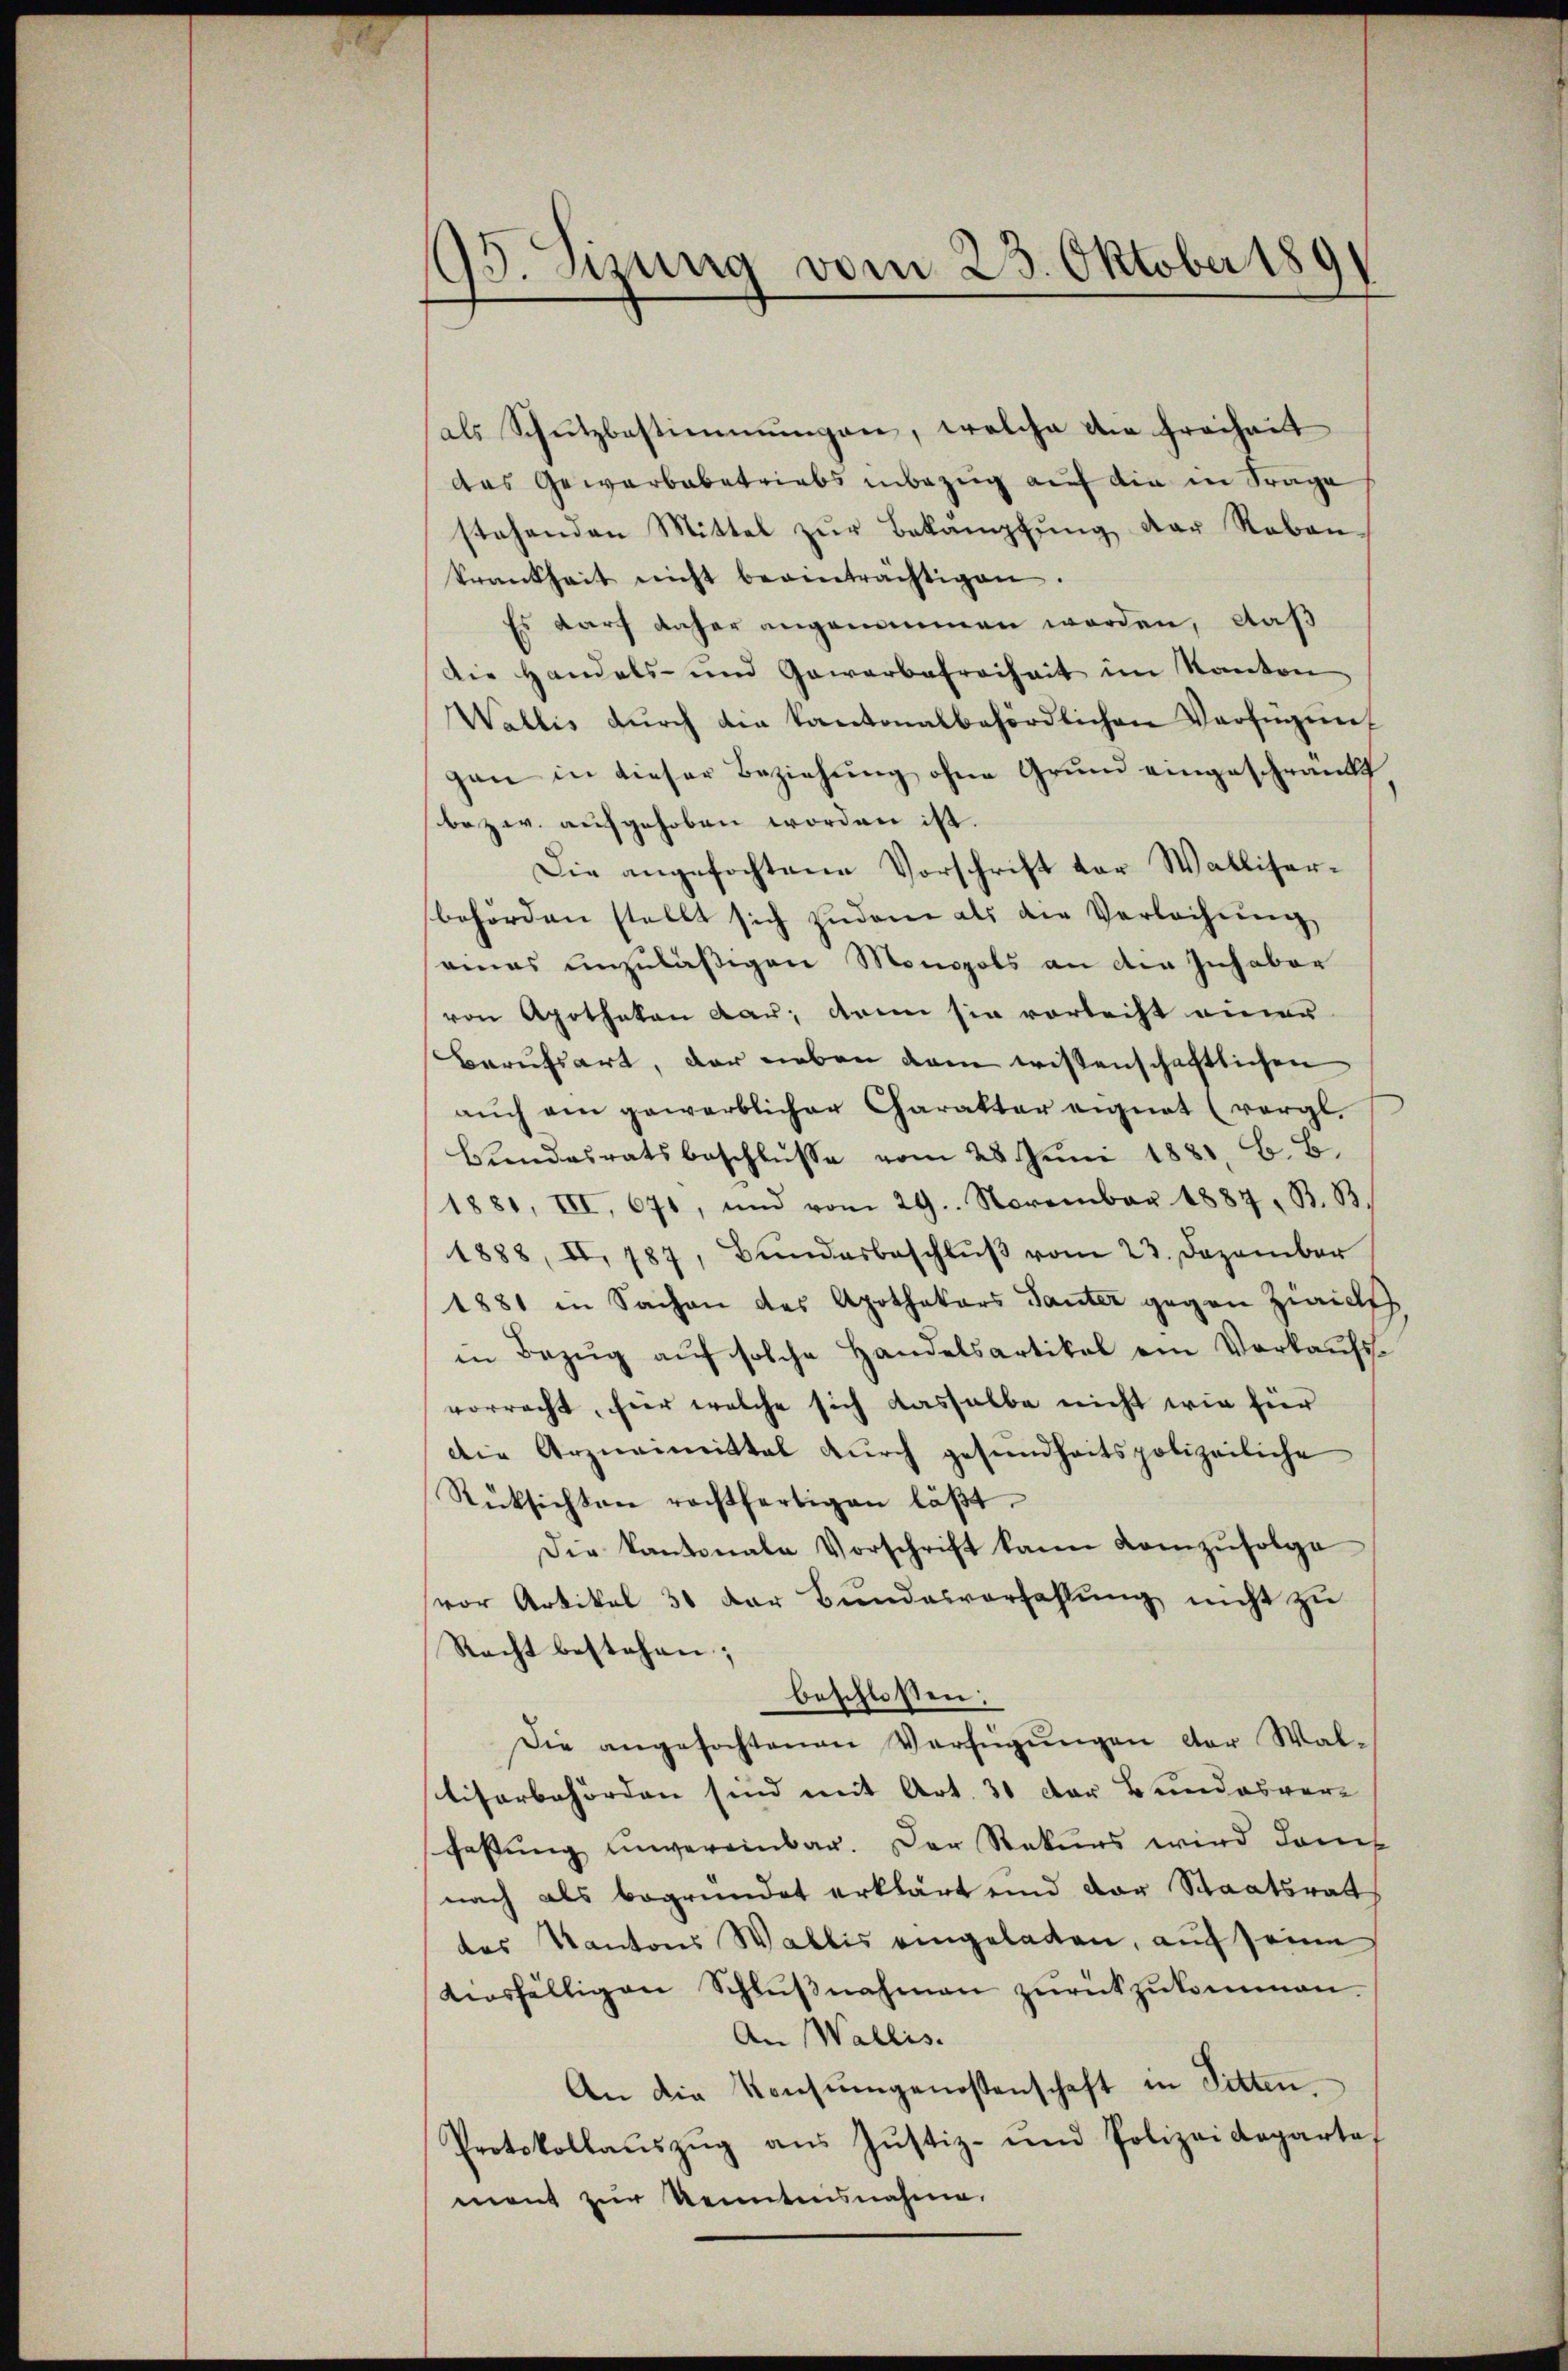
13. Sizung vom 23. Oktober 189

als Schutzbestimmungen, welche die freihaut
das Gewerbebetriebs inbezug auf die in Frage
stehenden Mittel zŭr Bekämpfŭng der Reben-
krankheit nicht beeinträchtigen.
Es darf daher angenommen worden, daß
Die Handels- und Gewerbefreiheit im Kanton
Wallis dŭrch die Kantonalbehördlichen Verfügung
gan in dieser Beziehung ohne Grund eingeschränkt
bezw. aufgehoben worden ist.
Die angefochtene Vorschrift der Walliserbehörden stellt sich zudem als die Verlachŭng
seines unzuläßigen Monopols an der Inhaber
von Apotheken dar, dann sie vorleiht einer
Berufsart, der neben dem wissenschaftlichen
aŭch am gewerblicher Charakter eignet (vergl.
Bundesratsbeschlusse vom 28. Juni 1881 B. B.
1881, III 671, und vom 29. November 1887, B. B.
1888, II. 787, Bŭndesbeschlŭβ vom 23. Dezember
1881 in Sachen des Apothekars Tanter gegen Zwick
in Bezŭg aŭf solche Handelsartikal ein Verkaŭfs-
vorracht, hier welche sich dasselbe nicht wie für
die Arzneimittal durch gesundheitspolizeiliche
Rücksichten rechtfertigen läβt.
Die Kantonale Vorschrift kann Komzŭfolge
vor Artikel 31 der Bŭndesverfahlŭng nicht zu
Recht bestehen;
beschlossen:
Die angefochtenen Verfügŭngen der Wal-
tisorbehörden sind mit Art. 31 der Bundesver-
schaftung unvereinbar. Der Rekurs wird damit
nach als begründet erklärt und der Staatsrat
des Kantons Wallis eingeladen, auf seine
diesfälligen Schlŭβnahmen zŭrückzŭkommen.
An Wallis.
An die Konsungenossenschaft in Sitten.
Protokollauszug aus Justiz- und Polizeidepartemant zur Kenntnisnahme.